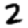
Digit: 2